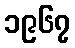
၁၉၆၇